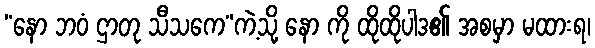
“နော ဘဝံ ဌာတု သီသကေ”ကဲ့သို့ နော ကို ထိုထိုပါဒ၏ အစမှာ မထားရ၊